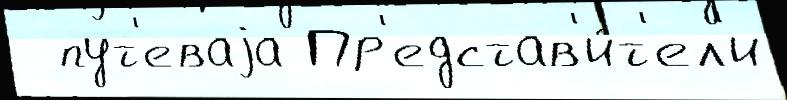
  пут'еваjа Пр'едстав'и́т'ел'и